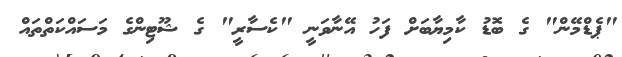
"ޕެޑްމޭން" ގެ ބޮޑު ކާމިޔާބަށް ފަހު އޭނާވަނީ "ކެސާރީ" ގެ ޝޫޓިންގެ މަސައްކަތްތައް